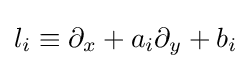
l_{i}\equiv \partial _{x}+a_{i}\partial _{y}+b_{i}